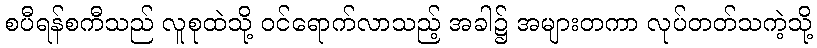
စပီရန်စကီသည် လူစုထဲသို့ ဝင်ရောက်လာသည့် အခါ၌ အများတကာ လုပ်တတ်သကဲ့သို့